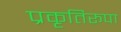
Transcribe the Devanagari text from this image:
प्रकृतिरूपा